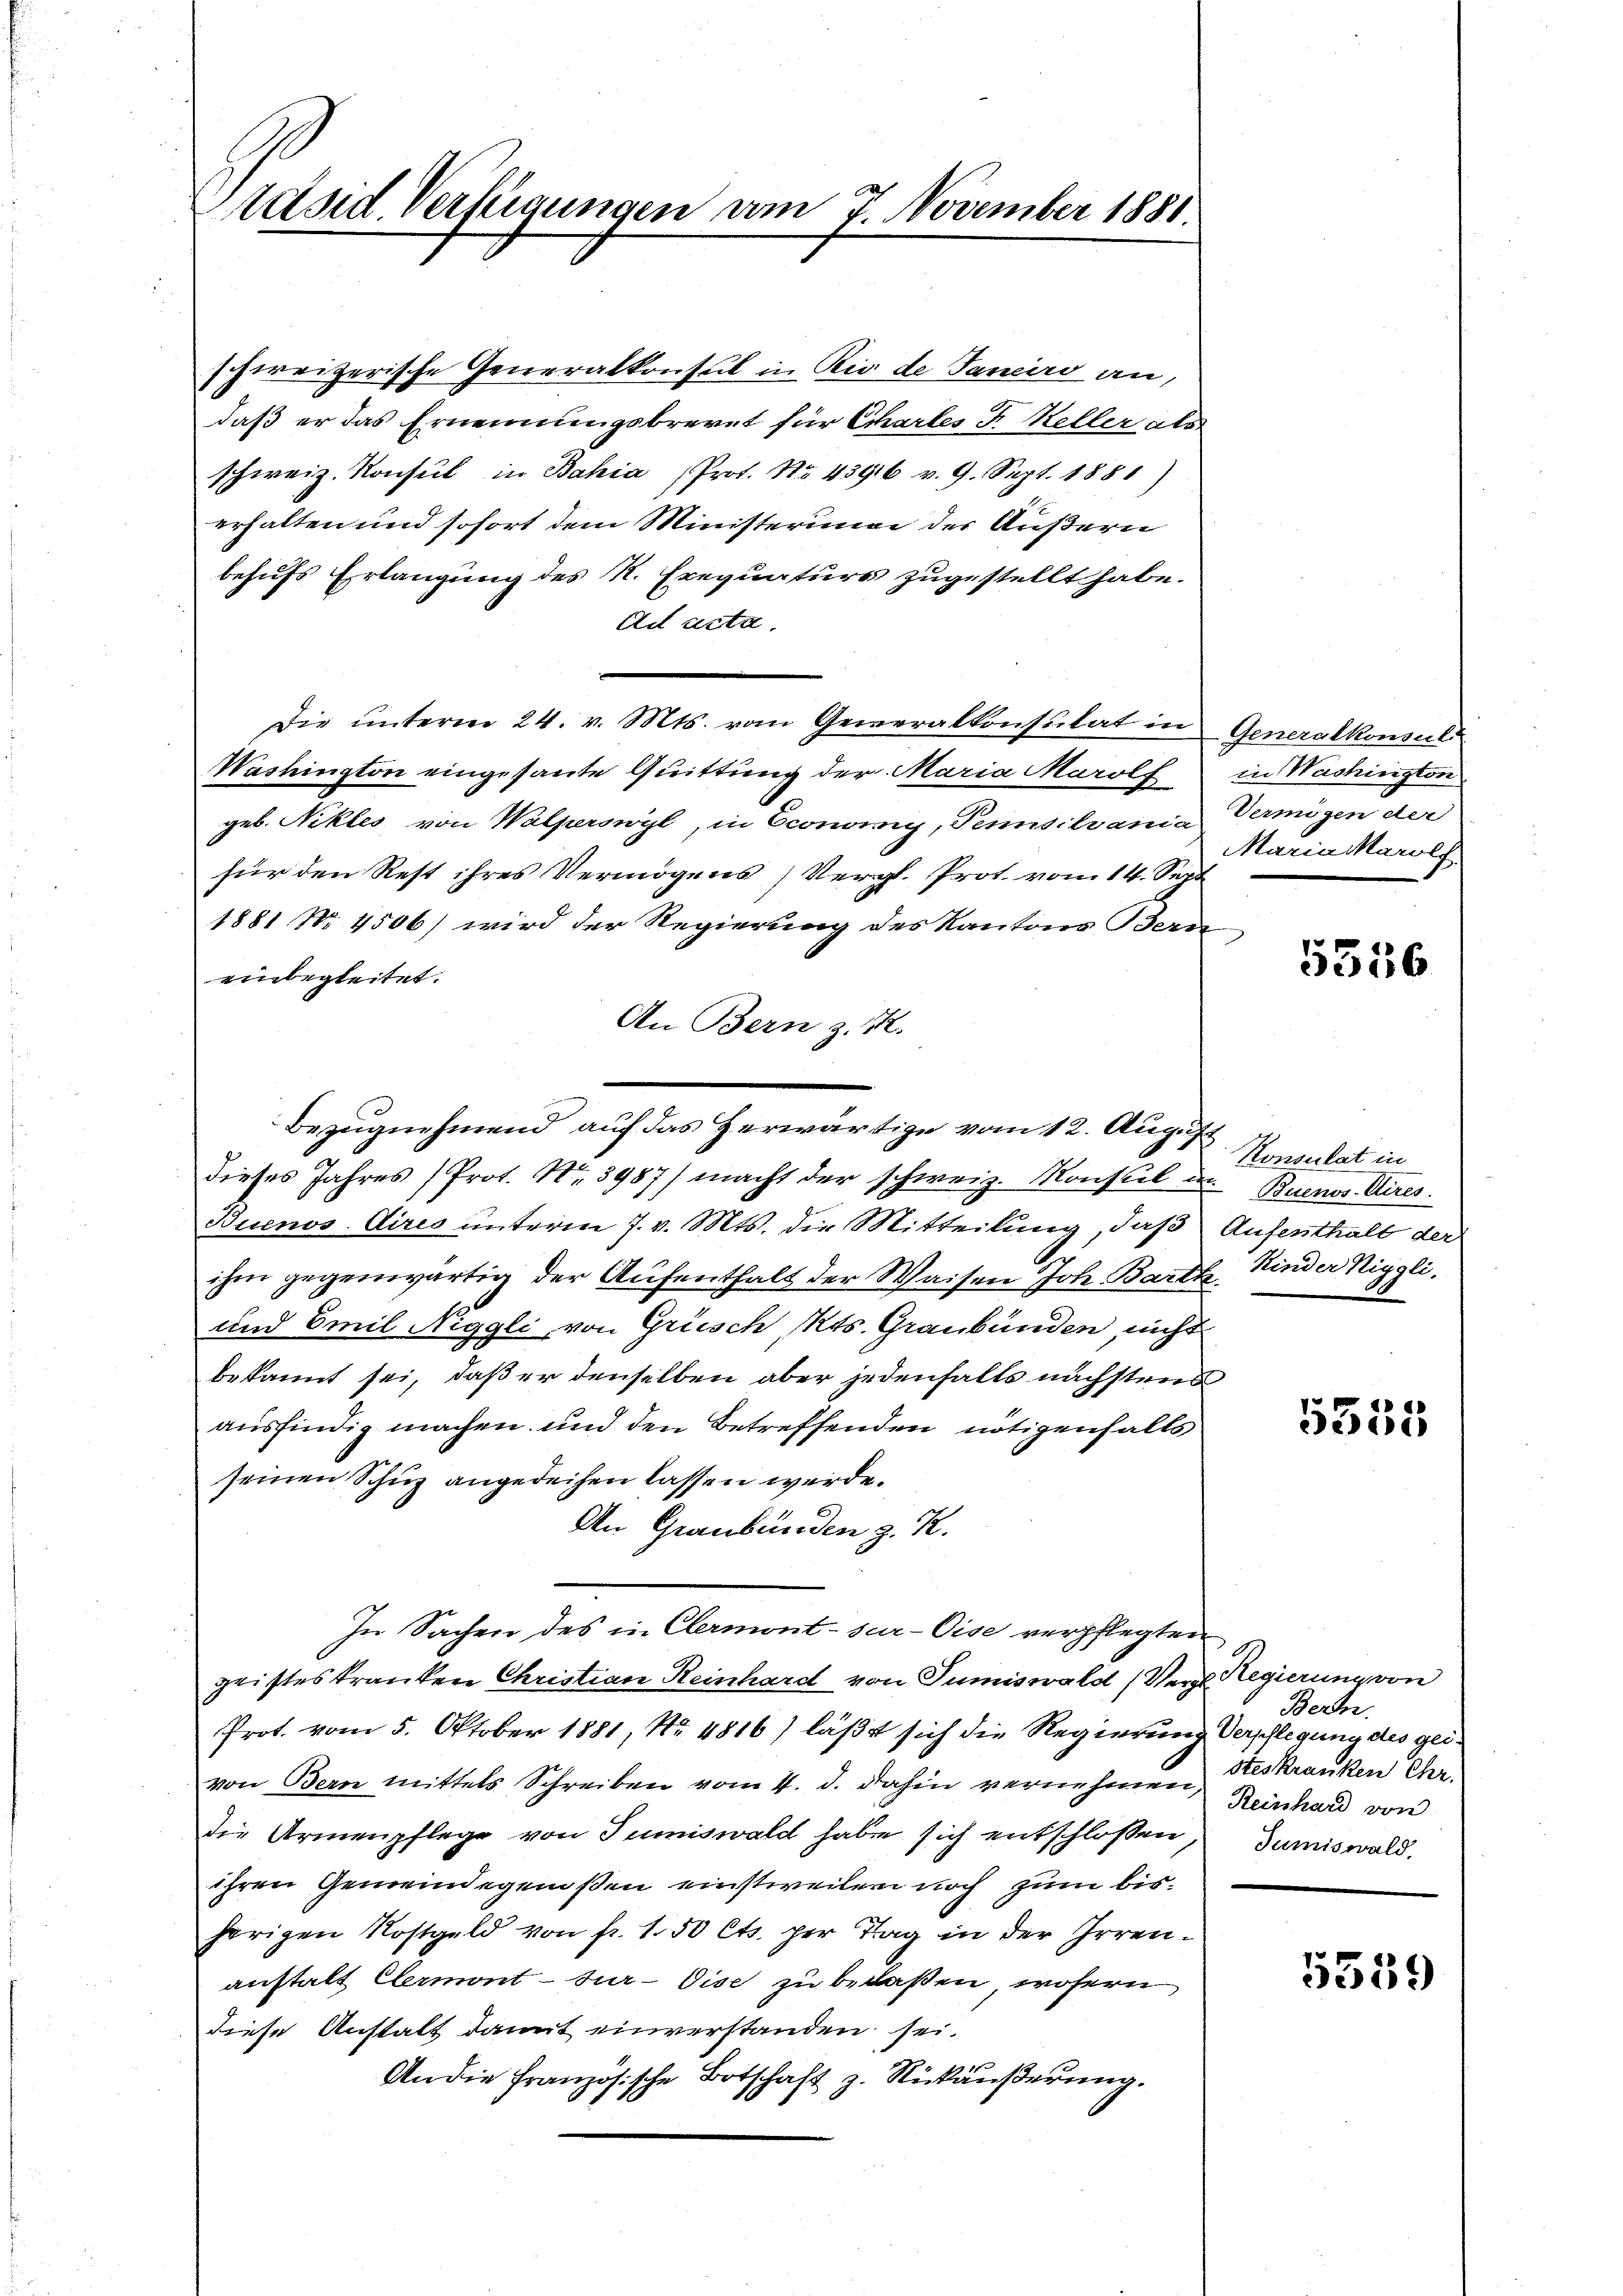
Präsid. Verftigungen am 4 November 1881.

schweizerische Generalkonsul in Rio de Janeiro an,
daß er das Ernennungsbrevet für Echartes Fr. Keller als
schweiz. Konsul in Bahia (Prot. No. 43916 v. 9. Sept. 1881)
erhalten und sofort dem Ministerium der Äußern
behufs Erlangung des N. Exequaturs zugestellt habe.
Ad acta.
Die unterm 24. v. Mts. vom Geweralkonsulat in Generalkonsul
Washington eingesante Quittung der Maria Marolf
geb. Nikles von Walperswyl, in Economy, Pensilvania
für den Rest ihres Vermögens Vergl. Prot. vom 14. Sept
1881 Nr. 1506) wird der Regierung des Kantons Bern
einbegleitet.
An Bern z. B.
dieses Jahres (Prot. Nr. 3987) macht der schweiz. Konseil der Buenos Aires.
Buenos-Aires unterm 7. v. Mts. die Mitteilung, daß Aufersthalt der
G.
ihm gegenwärtig der Aufenthalt der Waisen Joh. Barth. Kinder Niggli,
und Emil Niggli, von Griesch, Kts. Graubünden nicht
3
bekannt sei, daß er denselben aber jedenfalls nächstens
ausfindig machen und den Betreffenden nötigenfalls
seinen Schuz angedeihen lassen werde.
An Graubünden z. K.
In Sachen des in Clermont-sur-Cise verpflegten
gristeskranken Christian Reinhard von Sumiswald (Vergl. Regierung von
Prot. vom 5. Oktober 1881, No. 4816) läßt sich die Regierung Verpflegung des geivon Bern mittels Schreiben vom 4. d. dahin vernehmen Reinhard von
die Armenpflege von Tumiswald habe sich entschloßen
ihren Gemeindegenoßen einstweilen noch zum bisherigen Kostgeld von fr. 1.50 Cts. per Tag in der Irrenanstalt Clermont-tur-Vise zu belaßen, wofern
diese Anstalt damit einverstanden sei.
An die französische Botschaft z. Rückäußerung.

Bezugnehmend auf das Herwärtige vom 12. August

in Washington
Vermögen der
Mariaikarolf

5556

Konsulat in

.

5555

Bern.
steskranken Chr.
Jumiswald.

5559